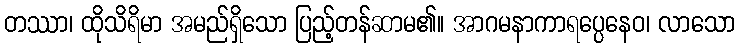
တဿာ၊ ထိုသိရိမာ အမည်ရှိသော ပြည့်တန်ဆာမ၏။ အာဂမနာကာရပ္ပေနေဝ၊ လာသော